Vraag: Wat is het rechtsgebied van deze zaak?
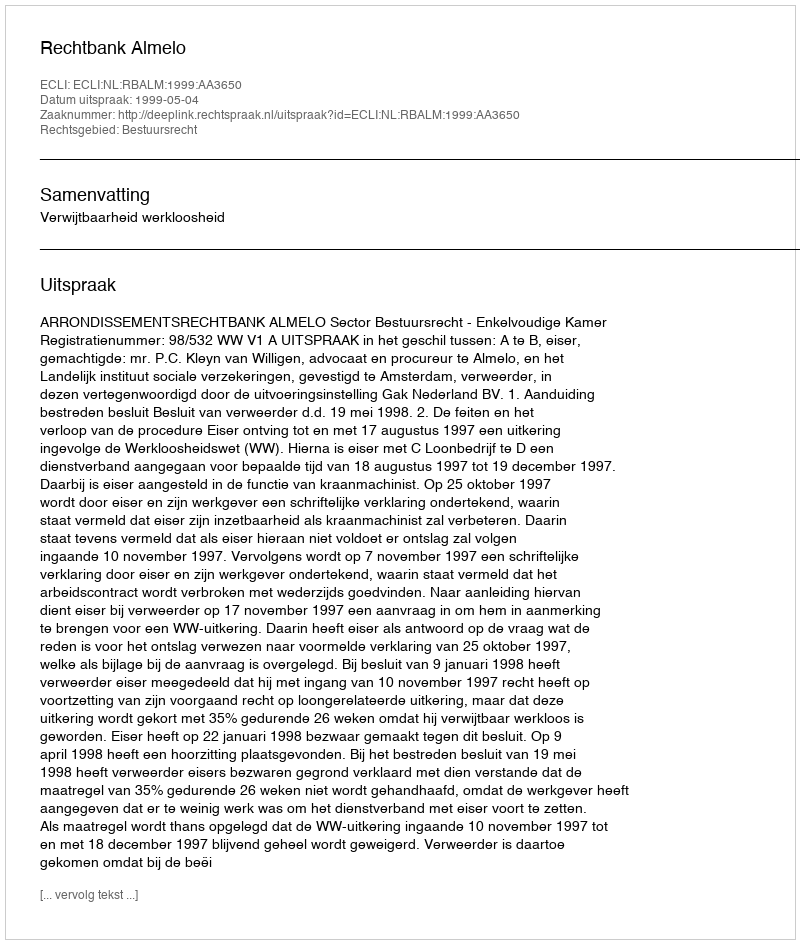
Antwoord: Bestuursrecht